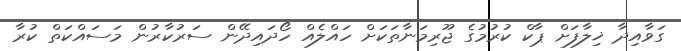
ގަވާއިދާ ޚިލާފަށް ޕާކް ކުރުމުގެ ޖޫރިމަނާތަކަށް ހައްލެއް ހޯދައިދޭން ސަރުކާރުން މަސައްކަތް ކުރާ